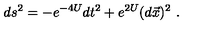
d s ^ { 2 } = - e ^ { - 4 U } d t ^ { 2 } + e ^ { 2 U } ( d \vec { x } ) ^ { 2 } \ .